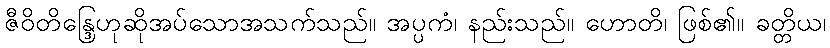
ဇီဝိတိန္ဒြေဟုဆိုအပ်သောအသက်သည်။ အပ္ပကံ၊ နည်းသည်။ ဟောတိ၊ ဖြစ်၏။ ခတ္တိယ၊